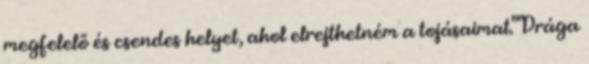
megfelelő és csendes helyet, ahol elrejthetném a tojásaimat." "Drága